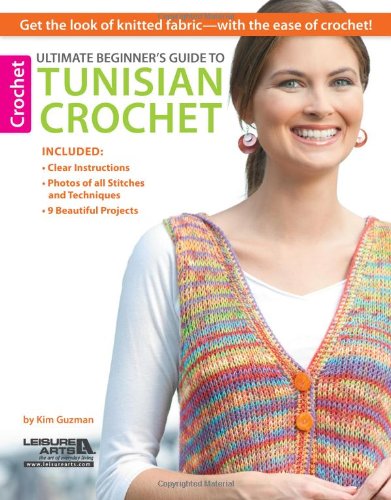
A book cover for Ultimate Beginner's Guide to Tunisian Crochet; Kim Guzman; Crafts, Hobbies & Home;